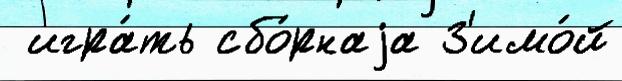
 игра́ть сбо́рнаjа З'имо́й